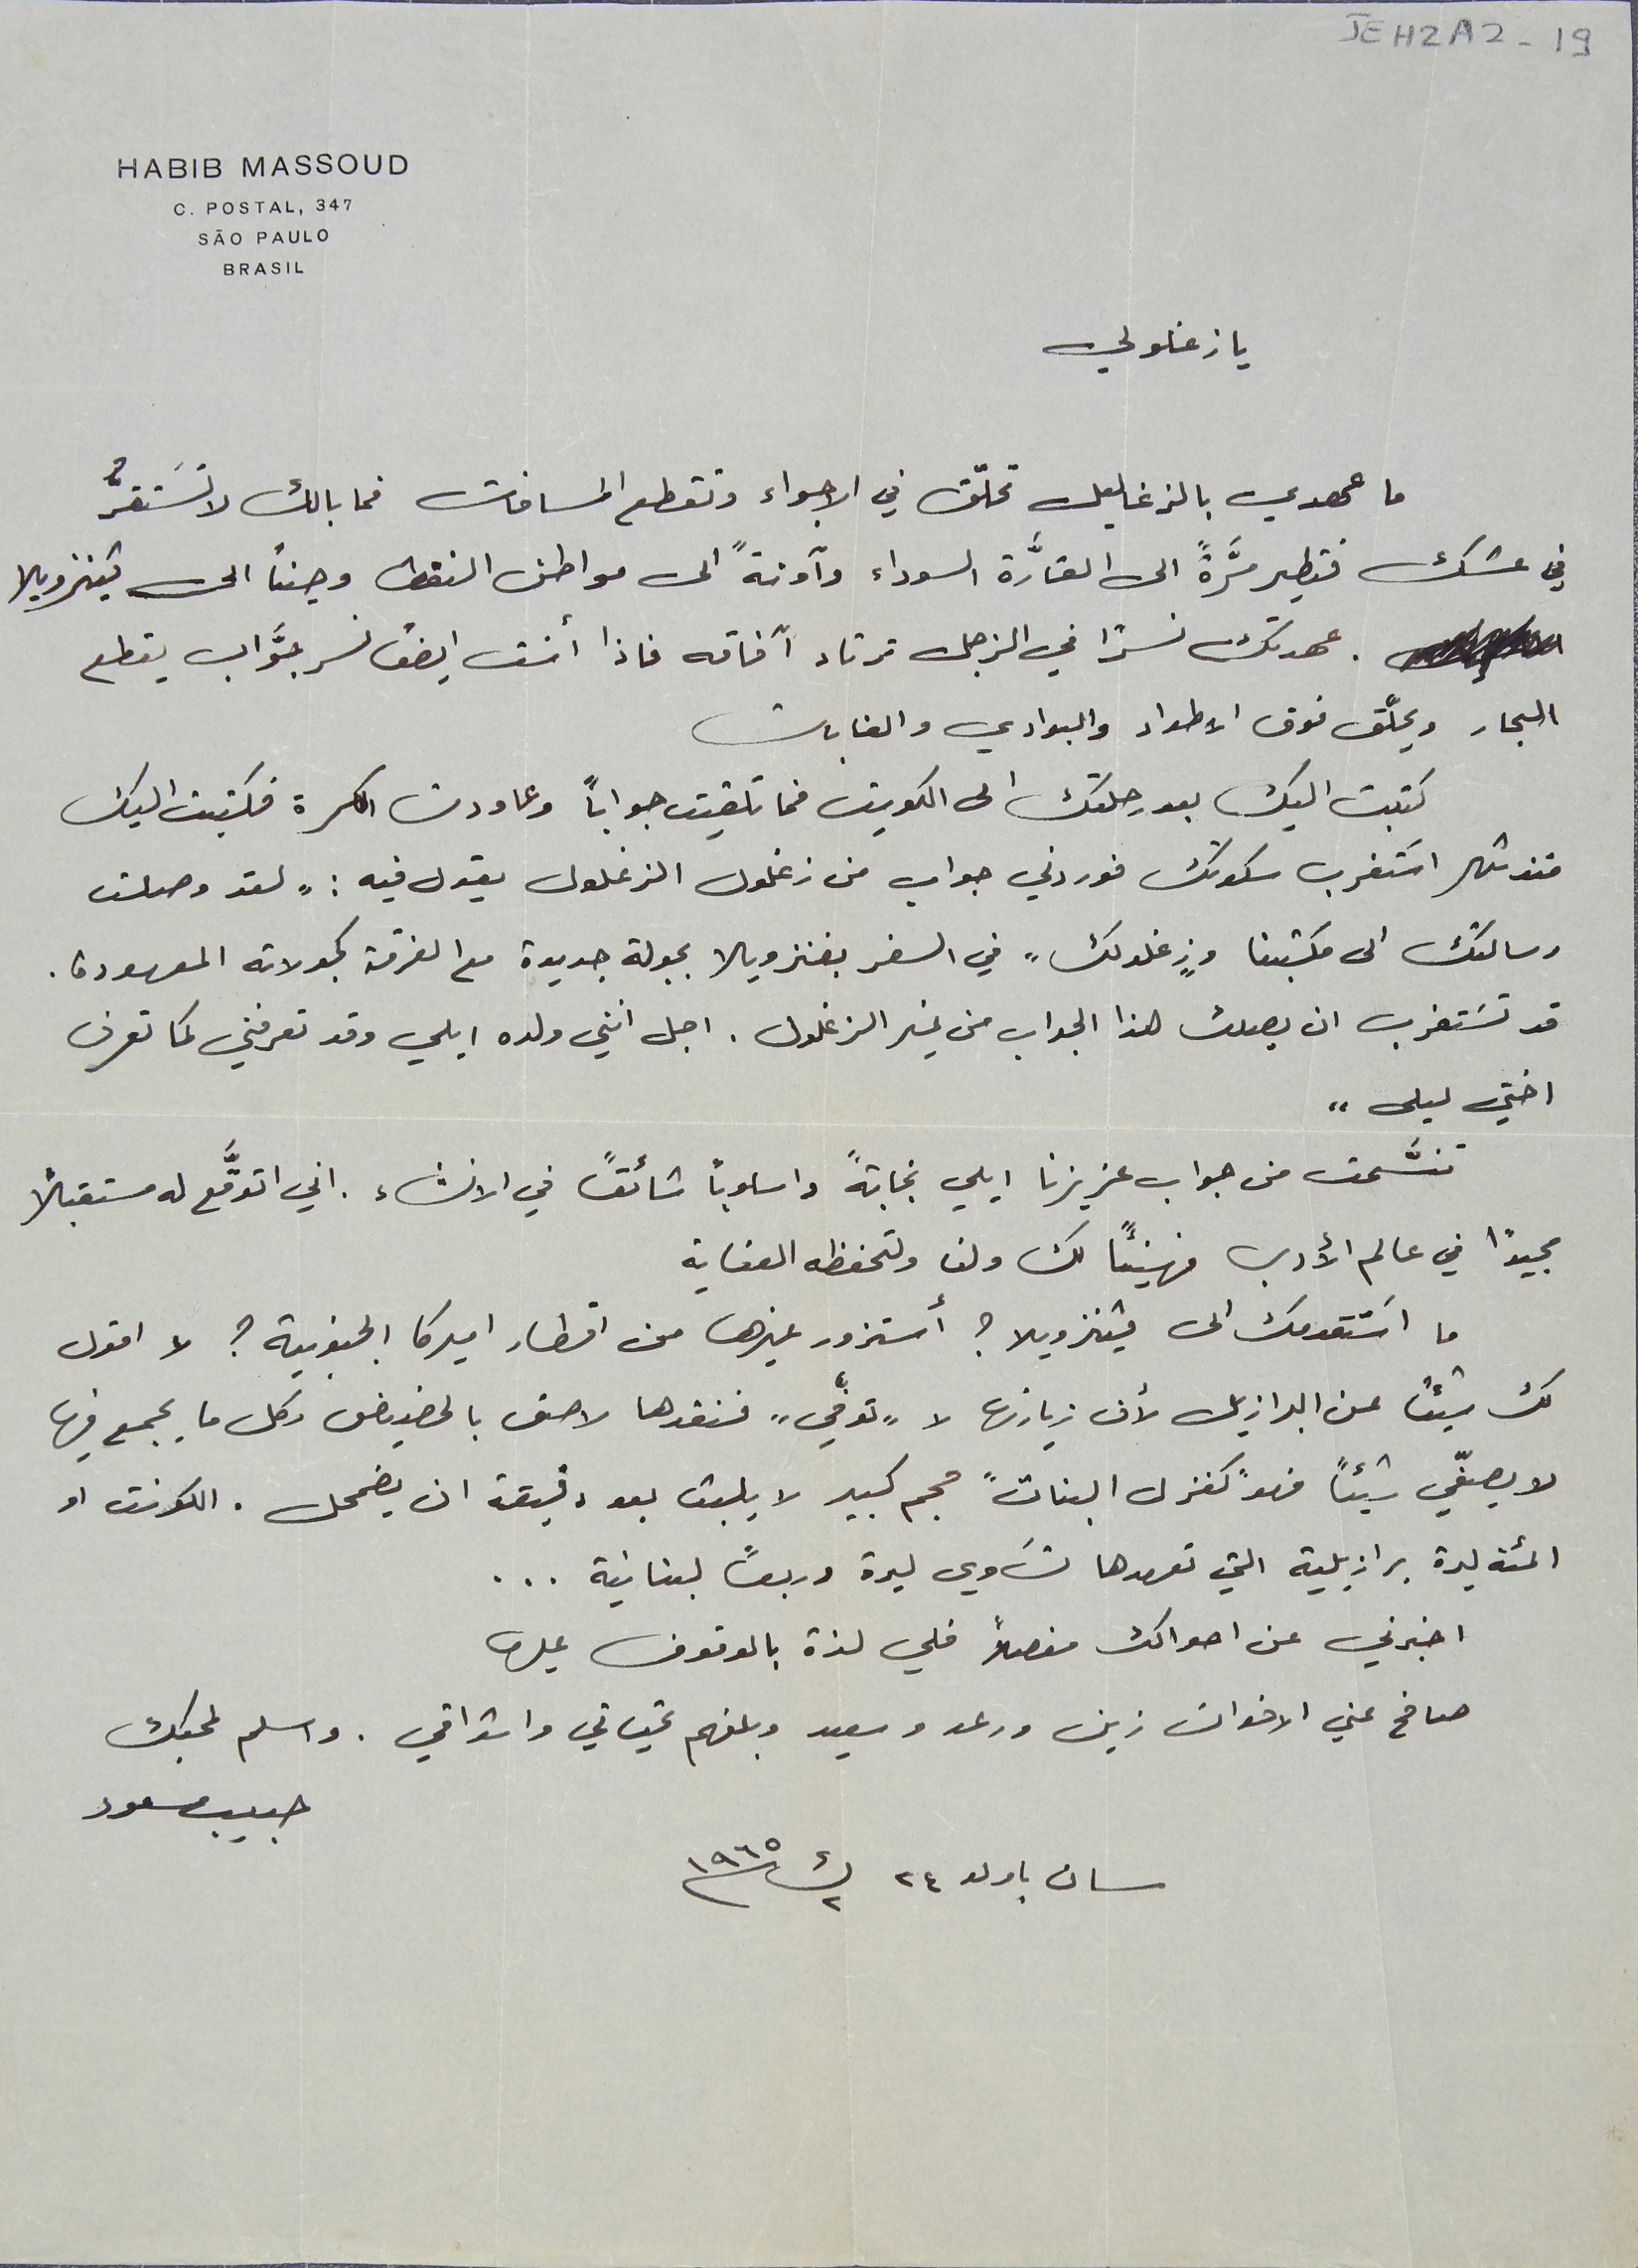
JEH2A2-19
HABIB MASSOUD
يا زغلولي
 ما عهدي بالزغاليل تحلّق في الاجواء وتقطع المسافات فما بالك لا تسَتقرُّ
في عشك فتطير مرَّةً الى القارَّة السوداء وآونةً الى مواطن النفط وحيناً الى فينزويلا
 عهدتك نسرًا في الزجل ترتاد آفاقه فاذا أنت ايضاً نسر جوَّاب يقطع
البحار ويحلّّق فوق الأطراد والبوادي والغابات
كتبت اليك بعد رحلتك الى الكويت فما تلقيت جواباً وعاودت الكرة فكتبت اليك
منذ شهر اسَتغرب سكوتك فوردني جواب من زغلول الزغلول يقول فيه : "لقد وصلت
رسالتك الى مكتبنا و"زغلولك" في السفر بفنزويلا بجولة جديدة مع الفرقة كجولاته المعهودة.
قد تسَتغرب ان يصلك هذا الجواب من غير الزغلول. اجل أنني ولده ايلي وقد تعرفني كما تعرف
 اختي ليلى"
 تنسَّمت من جواب عزيزنا ايلي نجابةً واسلوباً شائقً في الانشاء. اني اتوقَّع له مستقبلاً
مجيدًا في عالم الأدب فهنيئاً لك ولنا ولتحفظه العناية
 ما اسَتقدمك الى فينزويلا؟ أستزور غيرها من اقطار اميركا الجنوبية؟ لا اقول
لك شيئاً عن البرازيل لأن زيارتها لا "توفّي" فنقدها لاحق بالحضيض وكل ما يجمع فيها
لا يصفّي شيئاً فهو "كغزل البنات" حجم كبير لا يلبث بعد دقيقة ان يضمحل. الكونت او
 المئة ليرة برازيلية التي تعهدها تسَاوي ليرة وربعاً لبنانية . . .
اخبرني عن احوالك مفصلاً فلي لذة بالوقوف عليها
صافح عني الاخوان زين ورعد وسعيد وبلغهم تحياتي واشواقي. واسلم لمحبك
سان باولو ٢٤ ك٢ سنة ١٩٦٥
C. POSTAL, 347
SÃO PAULO
BRASIL
حبيب مسعود